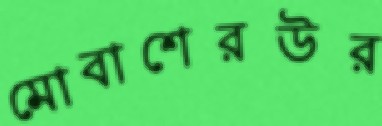
মোবাশেরউর